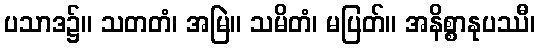
ပသာဒ၌။ သတတံ၊ အမြဲ။ သမိတံ၊ မပြတ်။ အနိစ္စာနုပဿီ၊